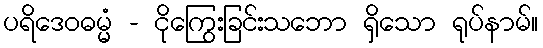
ပရိဒေဝဓမ္မံ - ငိုကြွေးခြင်းသဘော ရှိသော ရုပ်နာမ်။